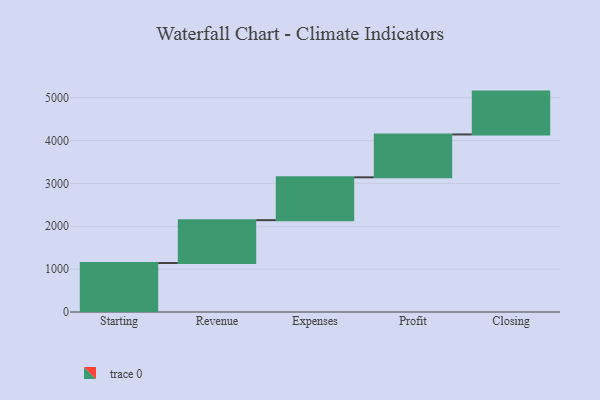
{"axis": {"x": "Step", "y": "Value"}, "legend": [""], "data": [{"x": "Starting", "y": 1143.0, "type": ""}, {"x": "Revenue", "y": 1000, "type": ""}, {"x": "Expenses", "y": 1000, "type": ""}, {"x": "Profit", "y": 1000, "type": ""}, {"x": "Closing", "y": 1000, "type": ""}]}